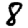
Digit: 8